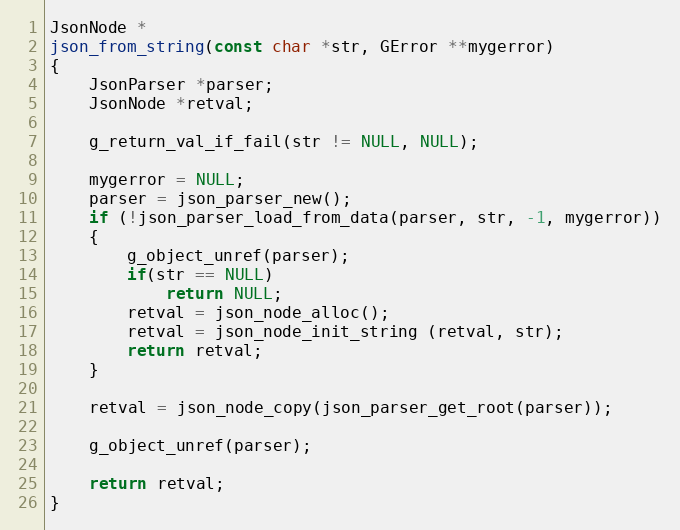
Language: C++
JsonNode *
json_from_string(const char *str, GError **mygerror)
{
	JsonParser *parser;
	JsonNode *retval;

	g_return_val_if_fail(str != NULL, NULL);

	mygerror = NULL;
	parser = json_parser_new();
	if (!json_parser_load_from_data(parser, str, -1, mygerror))
	{
		g_object_unref(parser);
		if(str == NULL)
			return NULL;
		retval = json_node_alloc();
		retval = json_node_init_string (retval, str);
		return retval;
	}

	retval = json_node_copy(json_parser_get_root(parser));

	g_object_unref(parser);

	return retval;
}